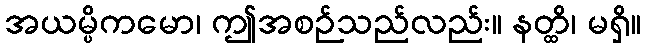
အယမ္ပိကမော၊ ဤအစဉ်သည်လည်း။ နတ္ထိ၊ မရှိ။